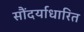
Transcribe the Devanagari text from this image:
सौंदर्याधारित